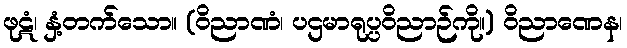
ဖုဋံ၊ နှံ့တက်သော။ (ဝိညာဏံ၊ ပဌမာရုပ္ပဝိညာဉ်ကို။) ဝိညာဏေန၊